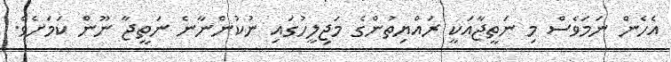
އެހެން ނަމަވެސް މި ނަތީޖާއަކީ ރައްޔިތުންގެ މަޖިލީހުގައި ނުކުންނާނެ ނަތީޖާ ނޫން ކަމަށެވެ.